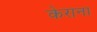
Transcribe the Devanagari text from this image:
केराना